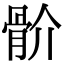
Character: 骱